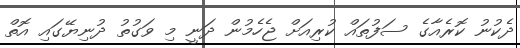
ދެކުނު ކޮރެއާގެ ސަފުތައް ކުރިއަށް ޖެހެމުން ދަނީ މި ވަގުތު ދުނިޔޭގައި އޮތް